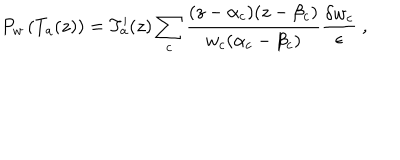
LaTeX: P _ { w } \left( T _ { a } ( z ) \right) = T _ { a } ^ { \prime } ( z ) \sum _ { c } \frac { ( z - \alpha _ { c } ) ( z - \beta _ { c } ) } { w _ { c } ( \alpha _ { c } - \beta _ { c } ) } \frac { \delta w _ { c } } { \epsilon } \ ,